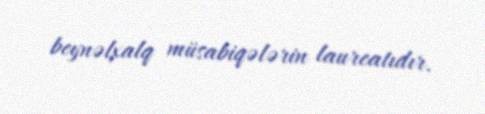
beynəlxalq müsabiqələrin laureatıdır.